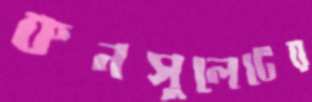
কনসুলেটের